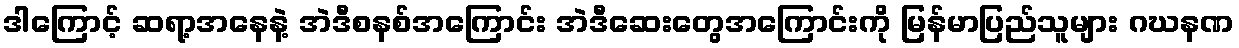
ဒါကြောင့် ဆရာ့အနေနဲ့ အဲဒီစနစ်အကြောင်း အဲဒီဆေးတွေအကြောင်းကို မြန်မာပြည်သူများ ဂဃနဏ